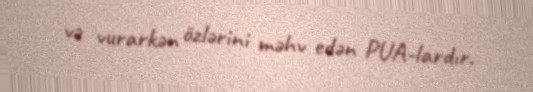
və vurarkən özlərini məhv edən PUA-lardır.